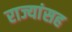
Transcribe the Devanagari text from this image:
राज्यांसह